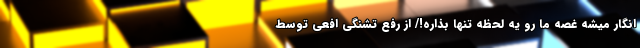
انگار میشه غصه ما رو يه لحظه تنها بذاره!/ از رفع تشنگی افعی توسط